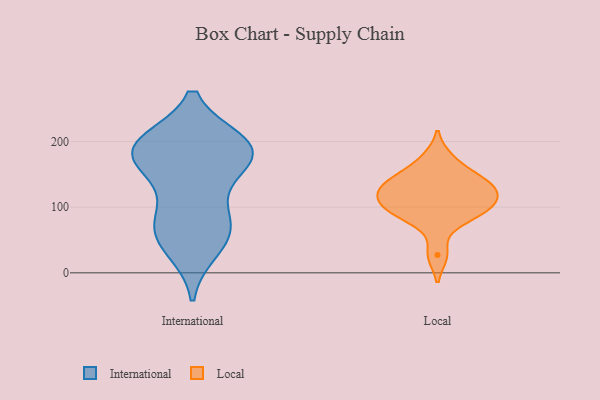
{"axis": {"x": "Shipments", "y": "Value"}, "legend": ["International", "Local"], "data": [{"x": "", "y": 194, "type": "International"}, {"x": "", "y": 193, "type": "International"}, {"x": "", "y": 81, "type": "International"}, {"x": "", "y": 49, "type": "International"}, {"x": "", "y": 183, "type": "International"}, {"x": "", "y": 145, "type": "International"}, {"x": "", "y": 80, "type": "International"}, {"x": "", "y": 37, "type": "International"}, {"x": "", "y": 197, "type": "International"}, {"x": "", "y": 185, "type": "International"}, {"x": "", "y": 170, "type": "International"}, {"x": "", "y": 187, "type": "International"}, {"x": "", "y": 71, "type": "International"}, {"x": "", "y": 128, "type": "Local"}, {"x": "", "y": 175, "type": "Local"}, {"x": "", "y": 102, "type": "Local"}, {"x": "", "y": 114, "type": "Local"}, {"x": "", "y": 149, "type": "Local"}, {"x": "", "y": 90, "type": "Local"}, {"x": "", "y": 27, "type": "Local"}, {"x": "", "y": 100, "type": "Local"}, {"x": "", "y": 79, "type": "Local"}, {"x": "", "y": 135, "type": "Local"}, {"x": "", "y": 141, "type": "Local"}, {"x": "", "y": 118, "type": "Local"}]}